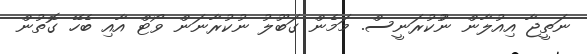
ނަތީޖާ އިއުލާން ނުުކުރަނީސް. މަމެން ގަބޫލު ނުކުރާނަން ވޯޓް އާއި ބެހޭ ގޮތުން